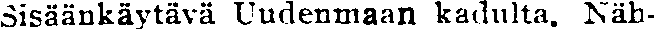
Sisäänkäytävä Uudenmaan kadulta. Näh-